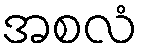
အစလံ